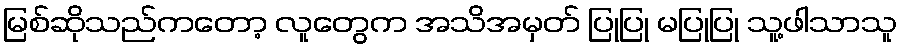
မြစ်ဆိုသည်ကတော့ လူတွေက အသိအမှတ် ပြုပြု မပြုပြု သူ့ဖါသာသူ